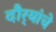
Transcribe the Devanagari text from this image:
दौर्‍यांचे